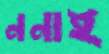
ননাই